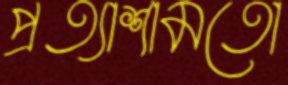
প্রত্যাশামতো